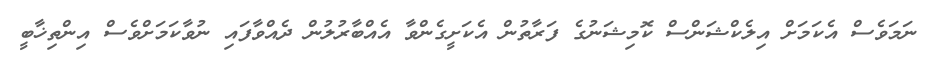
ނަމަވެސް އެކަމަށް އިލެކްޝަންސް ކޮމިޝަނުގެ ފަރާތުން އެކަށީގެންވާ އެއްބާރުލުން ދެއްވާފައި ނުވާކަމަށްވެސް އިންތިޚާބީ